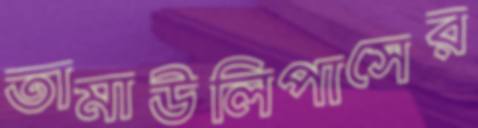
তামাউলিপাসের